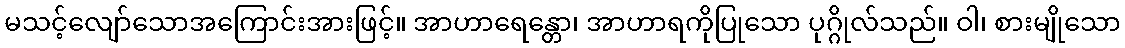
မသင့်လျော်သောအကြောင်းအားဖြင့်။ အာဟာရေန္တော၊ အာဟာရကိုပြုသော ပုဂ္ဂိုလ်သည်။ ဝါ၊ စားမျိုသော